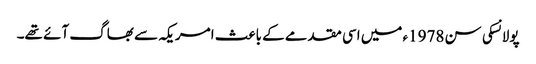
پولانسکی سن 1978ء میں اسی مقدمے کے باعث امریکہ سے بھاگ آئے تھے۔